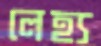
লেহ্য